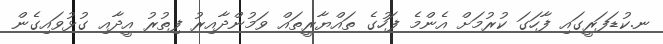
ނ.ކުޑަފަރީގައި ފާހަގަ ކުރުމަށް އެންމެ ފަހުގެ ތައްޔާރީތައް ވަމުންދާއިރު ފިތުރު އީދާއި ގުޅުވައިގެން